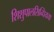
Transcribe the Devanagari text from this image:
शिशुपालसिन्धियया